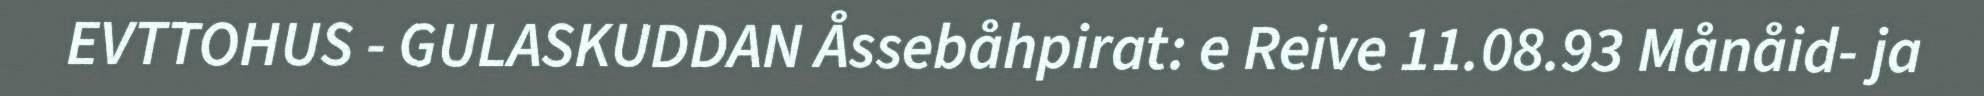
EVTTOHUS - GULASKUDDAN Åssebåhpirat: e Reive 11.08.93 Månåid- ja